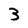
Character: 3